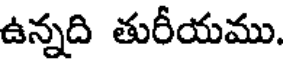
ఉన్నది తురీయము.